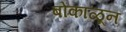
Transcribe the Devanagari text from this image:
बोकाळून